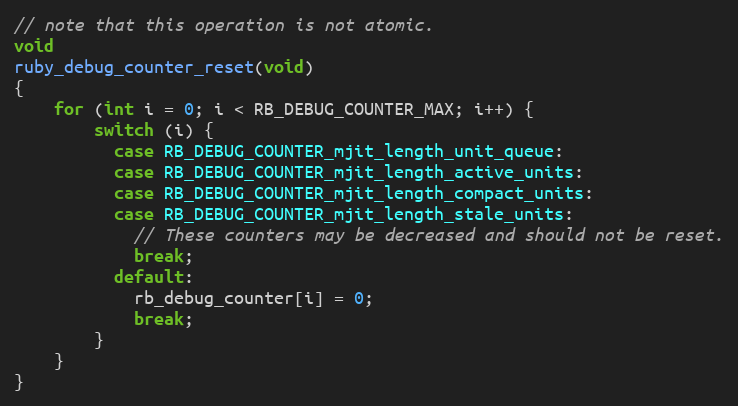
Language: C
// note that this operation is not atomic.
void
ruby_debug_counter_reset(void)
{
    for (int i = 0; i < RB_DEBUG_COUNTER_MAX; i++) {
        switch (i) {
          case RB_DEBUG_COUNTER_mjit_length_unit_queue:
          case RB_DEBUG_COUNTER_mjit_length_active_units:
          case RB_DEBUG_COUNTER_mjit_length_compact_units:
          case RB_DEBUG_COUNTER_mjit_length_stale_units:
            // These counters may be decreased and should not be reset.
            break;
          default:
            rb_debug_counter[i] = 0;
            break;
        }
    }
}